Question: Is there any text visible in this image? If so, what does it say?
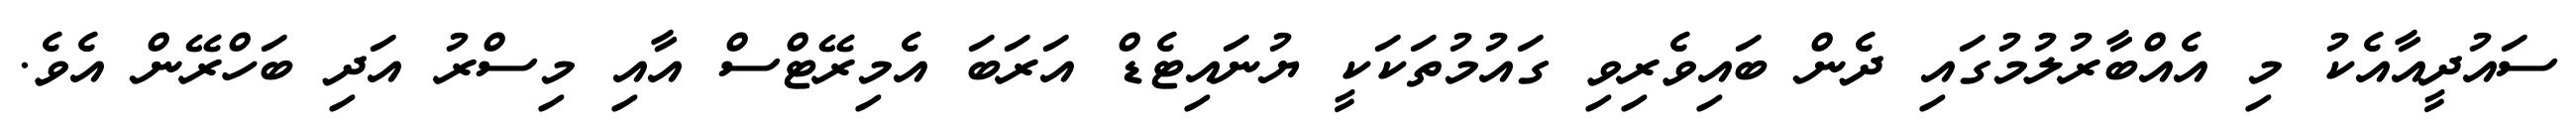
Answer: ސައުދީއާއެކު މި އެއްބާރުލުމުގައި ދެން ބައިވެރިވި ގައުމުތަކަކީ ޔުނައިޓެޑް އަރަބަ އެމިރޭޓްސް އާއި މިސްރު އަދި ބަހްރޭން އެވެ.